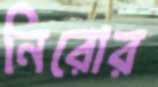
নিরোর